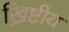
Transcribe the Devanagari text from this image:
ख्रिष्टीय